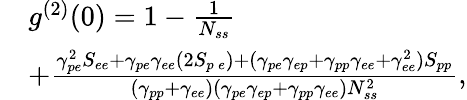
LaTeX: \begin{array}{rl}&{g^{(2)}(0)=1-\frac{1}{N_{ss}}}\\ &{+\frac{\gamma_{pe}^{2}S_{ee}+\gamma_{pe}\gamma_{ee}(2S_{p\, e})+(\gamma_{pe}\gamma_{ep}+\gamma_{pp}\gamma_{ee}+\gamma_{ee}^{2})S_{pp}}{(\gamma_{pp}+\gamma_{ee})(\gamma_{pe}\gamma_{ep}+\gamma_{pp}\gamma_{ee})N_{ss}^{2}},}\end{array}